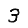
Digit: 3